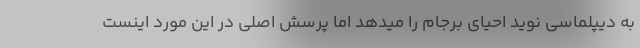
به دیپلماسی نوید احیای برجام را میدهد اما پرسش اصلی در این مورد اینست